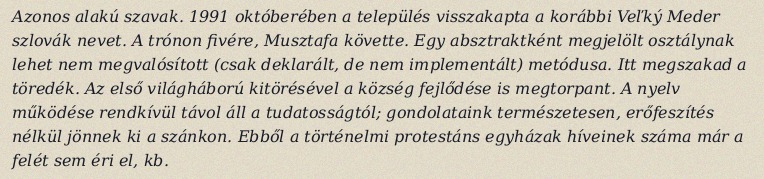
Azonos alakú szavak. 1991 októberében a település visszakapta a korábbi Veľký Meder szlovák nevet. A trónon fivére, Musztafa követte. Egy absztraktként megjelölt osztálynak lehet nem megvalósított (csak deklarált, de nem implementált) metódusa. Itt megszakad a töredék. Az első világháború kitörésével a község fejlődése is megtorpant. A nyelv működése rendkívül távol áll a tudatosságtól; gondolataink természetesen, erőfeszítés nélkül jönnek ki a szánkon. Ebből a történelmi protestáns egyházak híveinek száma már a felét sem éri el, kb.